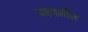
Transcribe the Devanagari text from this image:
यहदर्शील